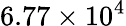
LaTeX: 6.77\times 10^{4}